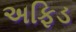
અફિડ